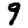
Digit: 9